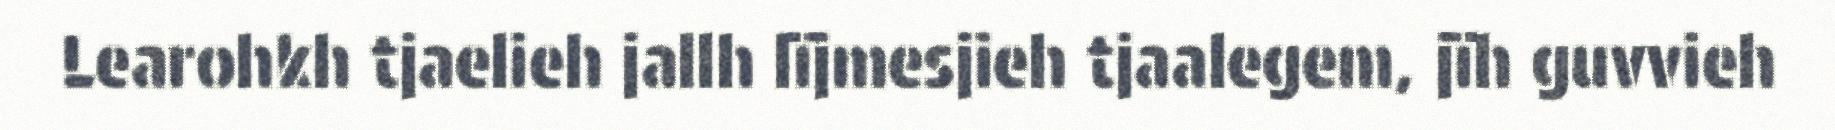
Learohkh tjaelieh jallh lïjmesjieh tjaalegem, jïh guvvieh